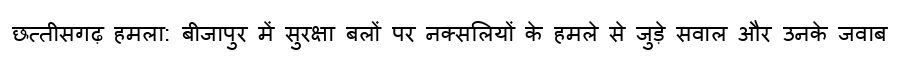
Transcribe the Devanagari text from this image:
छत्तीसगढ़ हमला: बीजापुर में सुरक्षा बलों पर नक्सलियों के हमले से जुड़े सवाल और उनके जवाब